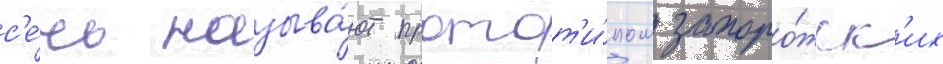
с'е́чь называ́ют протот'и́пом запоро́жск'их